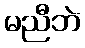
မညီဘဲ